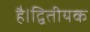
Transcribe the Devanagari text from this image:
है।द्वितीयक